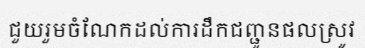
ជួយរួមចំណែកដល់ការដឹកជញ្ជូនផលស្រូវ